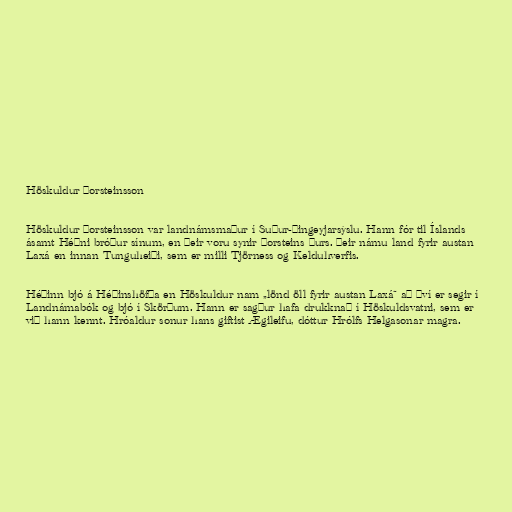
Höskuldur Þorsteinsson

Höskuldur Þorsteinsson var landnámsmaður í Suður-Þingeyjarsýslu. Hann fór til Íslands
ásamt Héðni bróður sínum, en þeir voru synir Þorsteins þurs. Þeir námu land fyrir austan
Laxá en innan Tunguheiði, sem er milli Tjörness og Kelduhverfis.

Héðinn bjó á Héðinshöfða en Höskuldur nam „lönd öll fyrir austan Laxá“ að því er segir í
Landnámabók og bjó í Skörðum. Hann er sagður hafa drukknað í Höskuldsvatni, sem er
við hann kennt. Hróaldur sonur hans giftist Ægileifu, dóttur Hrólfs Helgasonar magra.